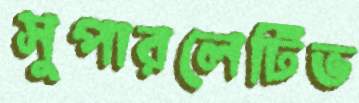
সুপারলেটিভ